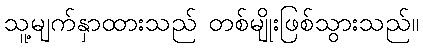
သူ့မျက်နှာထားသည် တစ်မျိုးဖြစ်သွားသည်။